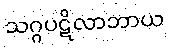
သဂ္ဂပဋိလာဘာယ